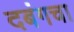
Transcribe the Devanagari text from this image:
दबंगचा